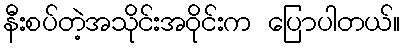
နီးစပ်တဲ့အသိုင်းအဝိုင်းက ပြောပါတယ်။